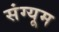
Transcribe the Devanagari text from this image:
संग्यूम